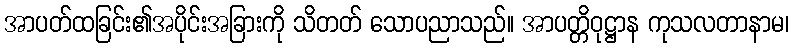
အာပတ်ထခြင်း၏အပိုင်းအခြားကို သိတတ် သောပညာသည်။ အာပတ္တိဝုဋ္ဌာန ကုသလတာနာမ၊